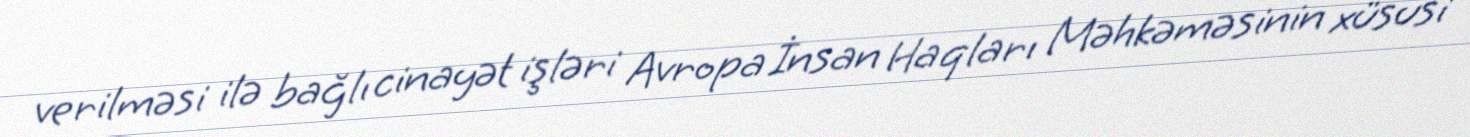
verilməsi ilə bağlı cinayət işləri Avropa İnsan Haqları Məhkəməsinin xüsusi